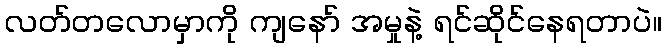
လတ်တလောမှာကို ကျနော် အမှုနဲ့ ရင်ဆိုင်နေရတာပဲ။